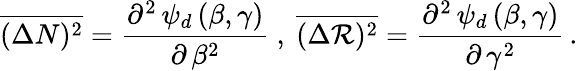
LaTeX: \overline{{{(\Delta N)^{2}}}}=\frac{\partial^{2}\, \psi_{d}\, (\beta,\gamma)}{\partial\, \beta^{2}}\ ,\ \overline{{{(\Delta{\cal R})^{2}}}}=\frac{\partial^{2}\, \psi_{d}\, (\beta,\gamma)}{\partial\, \gamma^{2}}\, .